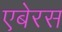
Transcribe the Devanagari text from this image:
एबेरस